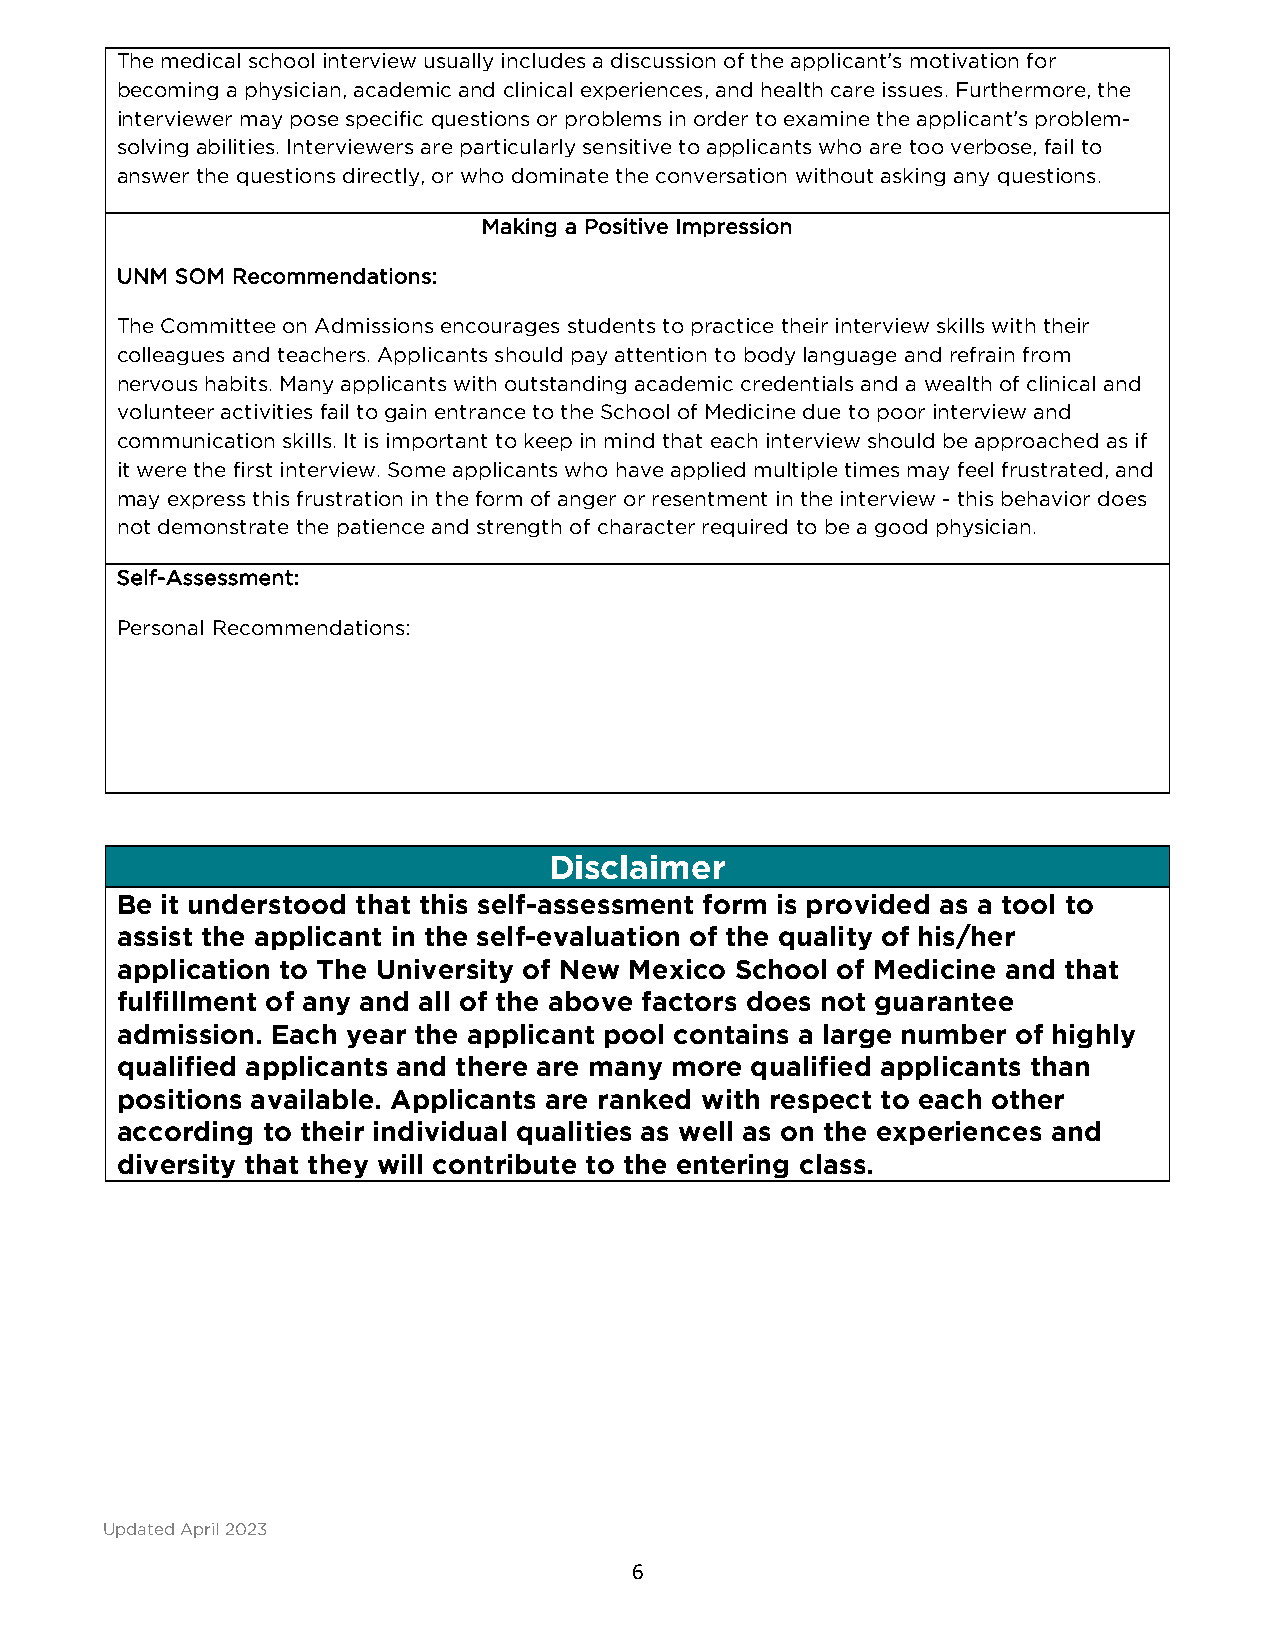
The medical school interview usually includes a discussion of the applicant’s motivation for
 becoming a physician, academic and clinical experiences, and health care issues. Furthermore, the
 interviewer may pose specific questions or problems in order to examine the applicant’s problem-
 solving abilities. Interviewers are particularly sensitive to applicants who are too verbose, fail to
 answer the questions directly, or who dominate the conversation without asking any questions.
 Making a Positive Impression
 UNM SOM Recommendations:
 The Committee on Admissions encourages students to practice their interview skills with their
 colleagues and teachers. Applicants should pay attention to body language and refrain from
 nervous habits. Many applicants with outstanding academic credentials and a wealth of clinical and
 volunteer activities fail to gain entrance to the School of Medicine due to poor interview and
 communication skills. It is important to keep in mind that each interview should be approached as if
 it were the first interview. Some applicants who have applied multiple times may feel frustrated, and
 may express this frustration in the form of anger or resentment in the interview - this behavior does
 not demonstrate the patience and strength of character required to be a good physician.
 Self-Assessment:
 Personal Recommendations:
 Disclaimer
 Be it understood that this self-assessment form is provided as a tool to
 assist the applicant in the self-evaluation of the quality of his/her
 application to The University of New Mexico School of Medicine and that
 fulfillment of any and all of the above factors does not guarantee
 admission. Each year the applicant pool contains a large number of highly
 qualified applicants and there are many more qualified applicants than
 positions available. Applicants are ranked with respect to each other
 according to their individual qualities as well as on the experiences and
 diversity that they will contribute to the entering class.
 Updated April 2023
 6